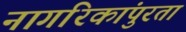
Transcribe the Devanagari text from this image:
नागरिकांपुरता